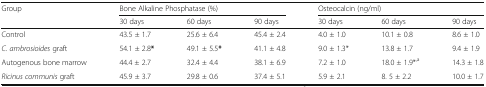
<table><thead><tr><td rowspan="2"><b>Group</b></td><td colspan="3"><b>Bone Alkaline Phosphatase (%)</b></td><td colspan="3"><b>Osteocalcin (ng/ml)</b></td></tr><tr><td><b>30 days</b></td><td><b>60 days</b></td><td><b>90 days</b></td><td><b>30 days</b></td><td><b>60 days</b></td><td><b>90 days</b></td></tr></thead><tbody><tr><td>Control</td><td>43.5 ± 1.7</td><td>25.6 ± 6.4</td><td>45.4 ± 2.4</td><td>4.0 ± 1.0</td><td>10.1 ± 0.8</td><td>8.6 ± 1.0</td></tr><tr><td><i>C. ambrosioides</i> graft</td><td>54.1 ± 2.8<b>*</b></td><td>49.1 ± 5.5<b>*</b></td><td>41.1 ± 4.8</td><td>9.0 ± 1.3*</td><td>13.8 ± 1.7</td><td>9.4 ± 1.9</td></tr><tr><td>Autogenous bone marrow</td><td>44.4 ± 2.7</td><td>32.4 ± 4.4</td><td>38.1 ± 6.9</td><td>7.2 ± 1.0</td><td>18.0 ± 1.9*<sup>,a</sup></td><td>14.3 ± 1.8</td></tr><tr><td><i>Ricinus communis</i> graft</td><td>45.9 ± 3.7</td><td>29.8 ± 0.6</td><td>37.4 ± 5.1</td><td>5.9 ± 2.1</td><td>8. 5 ± 2.2</td><td>10.0 ± 1.7</td></tr></tbody></table>